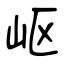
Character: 岖